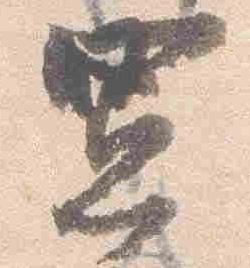
憲